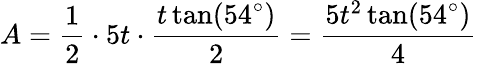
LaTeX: A={\frac{1}{2}}\cdot 5t\cdot{\frac{t\tan(54^{\circ})}{2}}={\frac{5t^{2}\tan(54^{\circ})}{4}}